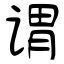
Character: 谓